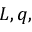
L , q ,